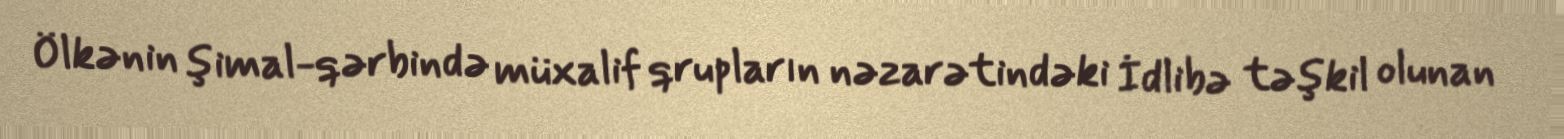
Ölkənin şimal-qərbində müxalif qrupların nəzarətindəki İdlibə təşkil olunan